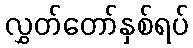
လွှတ်တော်နှစ်ရပ်